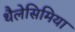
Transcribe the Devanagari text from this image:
थैलेसिमिया